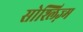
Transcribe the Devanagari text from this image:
सोश्लिज़्म